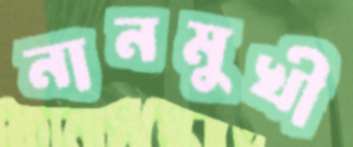
নানমুখী